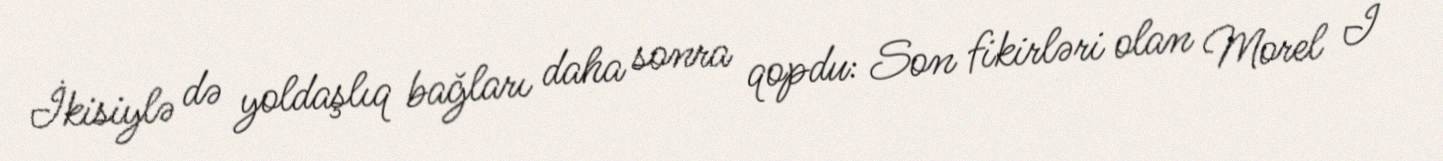
İkisiylə də yoldaşlıq bağları daha sonra qopdu: Son fikirləri olan Morel I